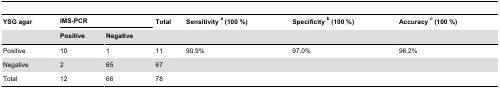
| YSG agar | <COLSPAN=2> IMS-PCR | Total | Sensitivity a (100 %) | Specificity b (100 %) | Accuracy c (100 %) |
 |  | Positive | Negative |  |  |  |  |
 | --- | --- | --- | --- | --- | --- | --- |
 | Positive | 10 | 1 | 11 | 90.9% | 97.0% | 96.2% |
 | Negative | 2 | 65 | 67 |  |  |  |
 | Total | 12 | 66 | 78 |  |  |  |